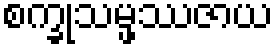
စက္ခုသမ္ဖဿဇာယ